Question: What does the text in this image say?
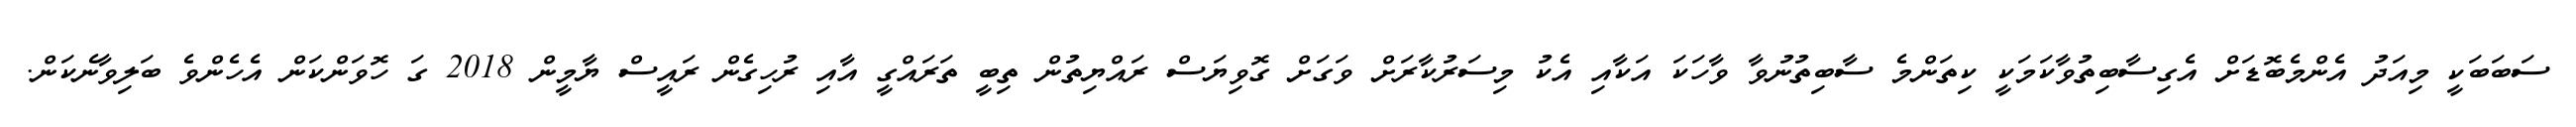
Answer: ސަބަބަކީ މިއަދު އެންމެބޮޑަށް އެގިސާބިތުވާކަމަކީ ކިތަންމެ ސާބިތުނުވާ ވާހަކަ އަކާއި އެކު މިސަރުކާރަށް ވަގަށް ގޮވިޔަސް ރައްޔިތުން ތިބީ ތަރައްގީ އާއި ރުހިގެން ރައީސް ޔާމީން 2018 ގަ ހޮވަންކަން އެހެންވެ ބަލިވާނެކަން.